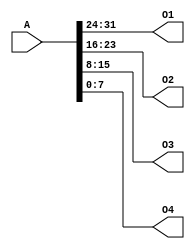
`timescale 1ns / 1ps
//////////////////////////////////////////////////////////////////////////////////
// Company: 
// Engineer: 
// 
// Design Name: 
// Module Name:    splitter 
// Project Name: 
// Target Devices: 
// Tool versions: 
// Description: 
//
// Dependencies: 
//
// Revision: 
// Revision 0.01 - File Created
// Additional Comments: 
//
//////////////////////////////////////////////////////////////////////////////////
module splitter(
    input [31:0] A,
    output [7:0] O1,
    output [7:0] O2,
    output [7:0] O3,
    output [7:0] O4
    );
	assign O1=A[31:24];
	assign O2=A[23:16];
	assign O3=A[15:8];
	assign O4=A[7:0];

endmodule